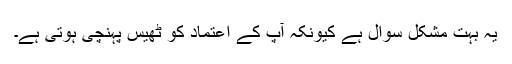
یہ بہت مشکل سوال ہے کیونکہ آپ کے اعتماد کو ٹھیس پہنچی ہوتی ہے۔